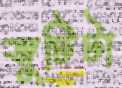
জুটিটা